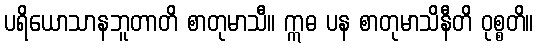
ပရိယောသာနဘူတာတိ စာတုမာသီ။ ဣဓ ပန စာတုမာသိနီတိ ဝုစ္စတိ။